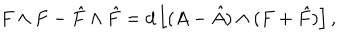
LaTeX: F \wedge F - \hat { F } \wedge \hat { F } = d \left[ ( A - \hat { A } ) \wedge ( F + \hat { F } ) \right] ,